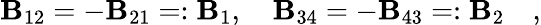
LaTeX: \mathbf{B}_{12}=-\mathbf{B}_{21}=:\mathbf{B}_{1},\quad\mathbf{B}_{34}=-\mathbf{B}_{43}=:\mathbf{B}_{2}\quad,